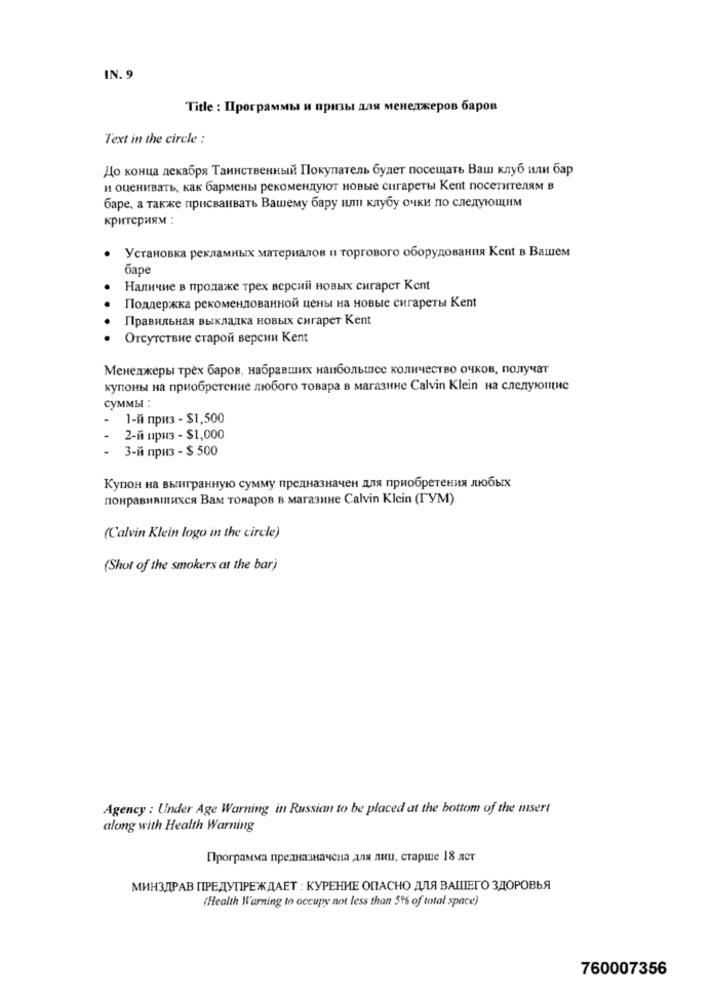
IN. 9
Title : Программы и призы для менеджеров баров
Text in the circle :
До конца декабря Таинственный Покупатель будет посещать Ваш клуб или бар
и оценивать, как бармены рекомендуют новые сигареты Kent посетителям в
баре, а также присваивать Вашему бару или клубу очки по следующим
критериям :
Установка рекламных материалов и торгового оборудования Кспt в Вашем
баре
Наличие в продаже трех версий новых сигарет Kent
Поддержка рекомендованной цены на новые сигареты Kent
Правильная выкладка новых сигарет Kent
Отсутствие старой версии Kent
Менеджеры трёх баров, набравших наибольшее количество очков, получат
купоны на приобретение любого товара в магазине Calvin Klein на следующие
суммы :
1-й приз - $1,500
2-й приз - $1,000
3-й приз - $ 500
Купон на выигранную сумму предназначен для приобретения любых
понравившихся Вам товаров в магазине Calvin Klein (ГУМ)
(Calvin Klein logo in the circle)
(Shot of the smokers at the bar)
Agency : Under Age Warning in Russian to be placed at the bottom of the insert
along with Health Warning
Программа предназначена для лиц, старше 18 лет
МИНЗДРАВ ПРЕДУПРЕЖДАЕТ : КУРЕНИЕ ОПАСНО ДЛЯ ВАШЕГО ЗДОРОВЬЯ
(Health Warning to occupy not less than 5% of total space)
760007356